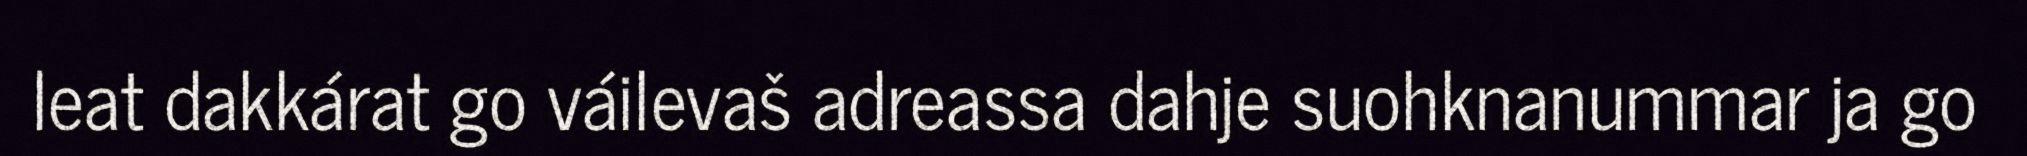
leat dakkárat go váilevaš adreassa dahje suohknanummar ja go